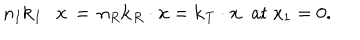
n _ { I } { \bf k } _ { I } \cdot { \bf x } \, = \, n _ { R } { \bf k } _ { R } \cdot { \bf x } = { \bf k } _ { T } \cdot { \bf x } \; \; \mathrm { a t } \; x _ { 1 } = 0 .